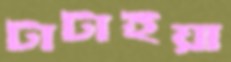
টাটাইয়া